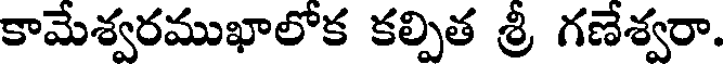
కామేశ్వరముఖాలోక కల్పిత శ్రీ గణేశ్వరా.